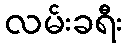
လမ်းခရီး